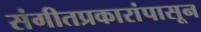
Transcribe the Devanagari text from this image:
संगीतप्रकारांपासून